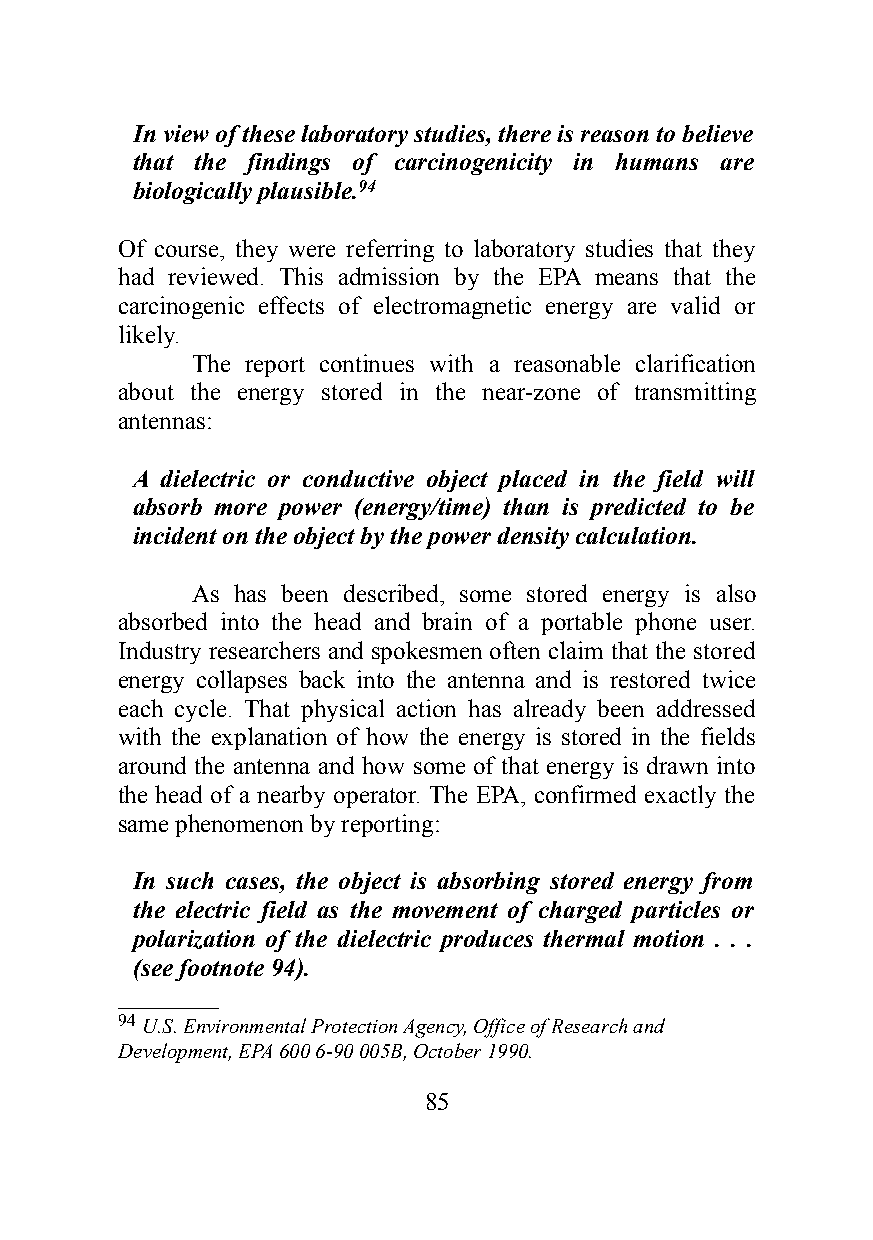
In view of these laboratory studies, there is reason to believe
 that the findings of carcinogenicity in humans are
 biologically plausible.94
 Of course, they were referring to laboratory studies that they
 had reviewed. This admission by the EPA means that the
 carcinogenic effects of electromagnetic energy are valid or
 likely.
 The report continues with a reasonable clarification
 about the energy stored in the near-zone of transmitting
 antennas:
 A dielectric or conductive object placed in the field will
 absorb more power (energy/time) than is predicted to be
 incident on the object by the power density calculation.
 As has been described, some stored energy is also
 absorbed into the head and brain of a portable phone user.
 Industry researchers and spokesmen often claim that the stored
 energy collapses back into the antenna and is restored twice
 each cycle. That physical action has already been addressed
 with the explanation of how the energy is stored in the fields
 around the antenna and how some of that energy is drawn into
 the head of a nearby operator. The EPA, confirmed exactly the
 same phenomenon by reporting:
 In such cases, the object is absorbing stored energy from
 the electric field as the movement of charged particles or
 polarization of the dielectric produces thermal motion . . .
 (see footnote 94).
 ________
 94 U.S. Environmental Protection Agency, Office of Research and
 Development, EPA 600 6-90 005B, October 1990.
 85